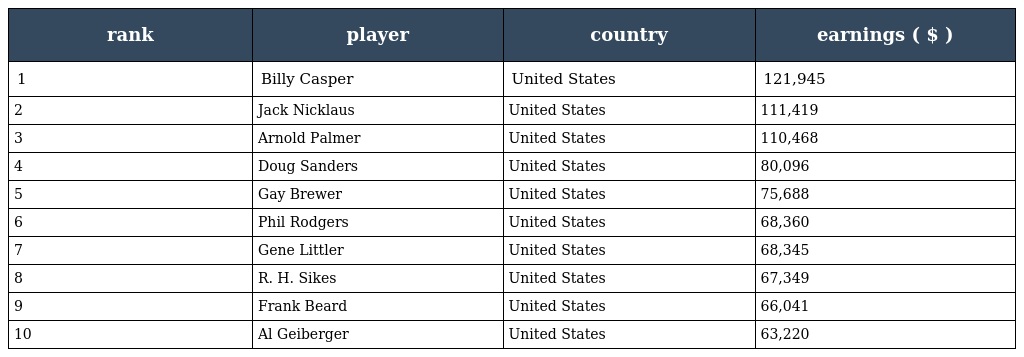
| rank | player | country | earnings ( $ ) |
 | --- | --- | --- | --- |
 | 1 | Billy Casper | United States | 121,945 |
 | 2 | Jack Nicklaus | United States | 111,419 |
 | 3 | Arnold Palmer | United States | 110,468 |
 | 4 | Doug Sanders | United States | 80,096 |
 | 5 | Gay Brewer | United States | 75,688 |
 | 6 | Phil Rodgers | United States | 68,360 |
 | 7 | Gene Littler | United States | 68,345 |
 | 8 | R. H. Sikes | United States | 67,349 |
 | 9 | Frank Beard | United States | 66,041 |
 | 10 | Al Geiberger | United States | 63,220 |